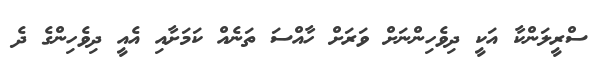
ސްރީލަންކާ އަކީ ދިވެހިންނަށް ވަރަށް ހާއްސަ ތަނެއް ކަމަށާއި އެއީ ދިވެހިންގެ ދެ